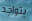
يتواجد